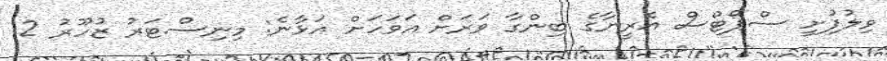
ވިލުފުށީ ސްޕޯޓްސް އެރީނާގެ ބިންގާ ވަރަށް އަވަހަށް އަޅާނެ: މިނިސްޓަރު ޒުހޫރު 2